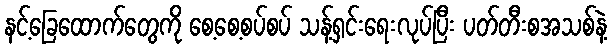
နင့်ခြေထောက်တွေကို စေ့စေ့စပ်စပ် သန့်ရှင်းရေးလုပ်ပြီး ပတ်တီးစအသစ်နဲ့